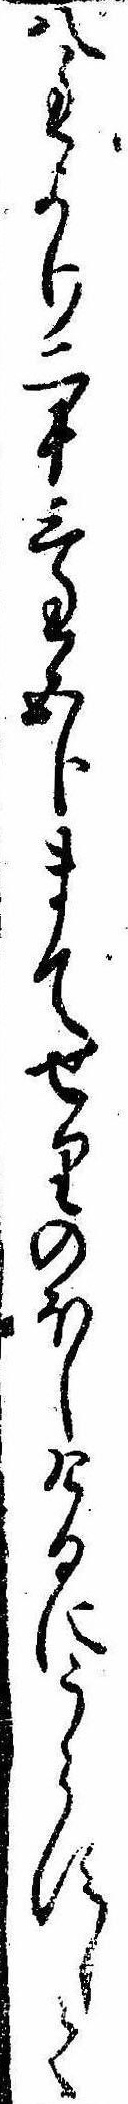
八匁より二十三匁五分まてせりのほしけるにうらすして